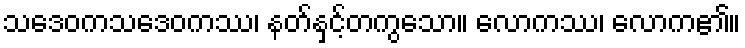
သဒေဝကသဒေဝကဿ၊ နတ်နှင့်တကွသော။ လောကဿ၊ လောက၏။